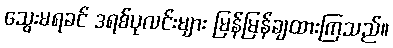
သွေးမရခင် ဒရစ်ပုလင်းများ မြန်မြန်ချထားကြသည်။